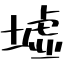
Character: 墟